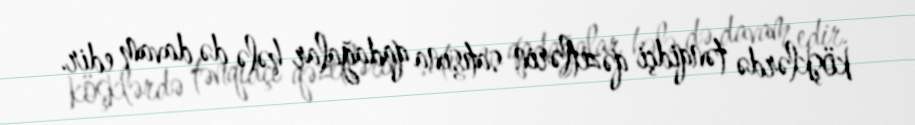
köşklərdə tənqidçi qəzetlərin satışına qadağalar hələ də davam edir.